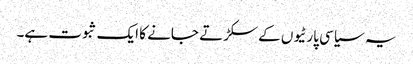
یہ سیاسی پارٹیوں کے سکڑتے جانے کا ایک ثبوت ہے۔